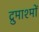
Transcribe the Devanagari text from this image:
द्रुमाश्मों